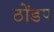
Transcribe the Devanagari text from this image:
ठोंडप